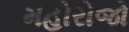
મહોરોજો